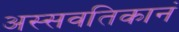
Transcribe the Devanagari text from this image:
अस्सवतिकानं